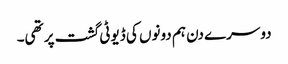
دوسرے دن ہم دونوں کی ڈیوٹی گشت پر تھی۔